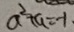
a ^ { 2 } + a = - 1